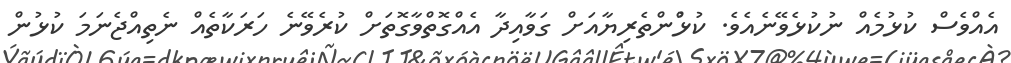
އެއްވެސް ކުޅުމެއް ނުކުޅެވޭނެއެވެ. ކުޅުްންތެރިޔާއަށް ގަވާއިދާ އެއްގޮތްވާގޮތަށް ކުރެވޭނެ ހަރަކާތެއް ނެތިއްޖެނަމަ ކުޅުން